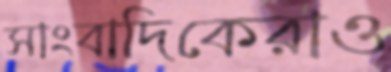
সাংবাদিকেরাও